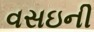
વસઇની